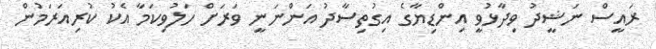
ރައީސް ނަޝީދު ވިދާޅުވީ އިންޑިޔާގެ އިގުތިސާދު އަންނަނީ ވަރަށް ހަލުވިކަމާ އެކު ކުރިއަރަމުން